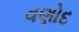
વણોદ